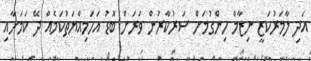
އަދި ލާމަރުކަޒީ ނިޒާމް ހިންގުމަށް ސަރުކާރުން ވަރަށް ބޮޑު އަހަމިއްޔަތުކަމެއް ދޭ ކަމަށާއި